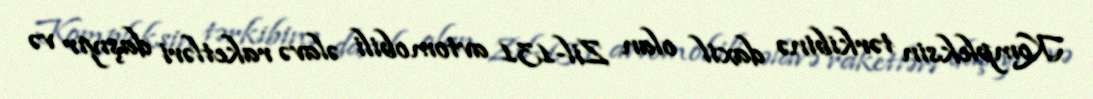
Kompleksin tərkibinə daxil olan Zil-131 avtomobili əlavə raketləri daşıyır və